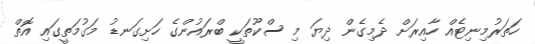
ހަތަރުމިނިޓެއް ހާއިރަށް ދެމިގެން ދިޔަ މި ސްކޫތަކީ ބްރައުންގެ ހަށިގަނޑު މަގުމަތީގައި އޮތް